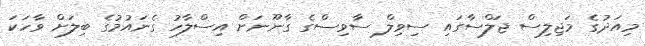
މިއަދުގެ މަޖިލިސް ޖަލްސާގައި ސިވިލް ސާވިސްގެ ގާނޫނަށް އިސްލާހު ގެނައުމުގެ ބިލަށް ވާހަކަ